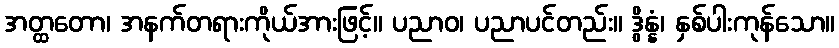
အတ္ထတော၊ အနက်တရားကိုယ်အားဖြင့်။ ပညာဝ၊ ပညာပင်တည်း။ ဒွိန္နံ၊ နှစ်ပါးကုန်သော။